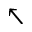
\nwarrow